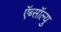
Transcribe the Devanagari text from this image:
ऍब्सॉल्यु